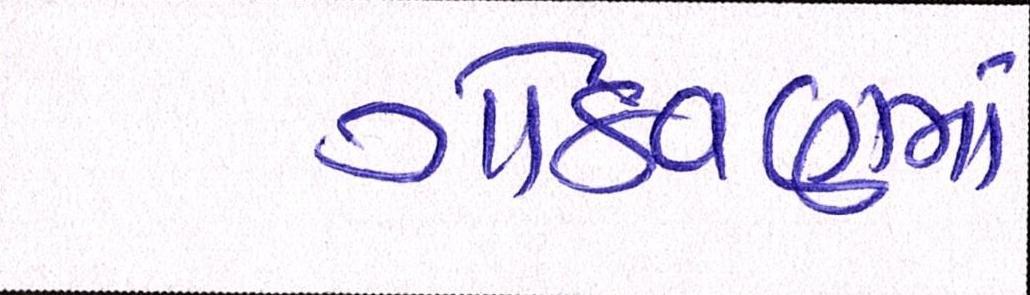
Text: ગોઠવણમાં